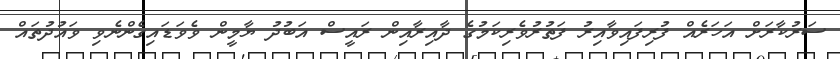
ސަރުކާރަށް އަހަރެއް ފުރިފައިވާއިރު ފަތުރުވެރިކަމުގެ ދާއިރާއިން ރައީސް އަބުދު ޔާމީން ވެވަޑައިގެންނެވި ވައުދުތައް